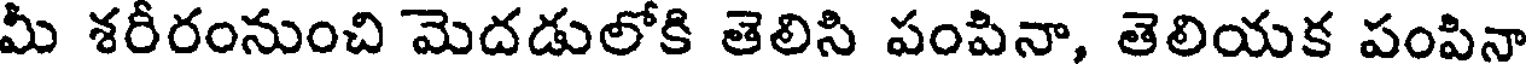
మీ శరీరంనుంచి మెదడులోకి తెలిసి పంపినా, తెలియక పంపినా